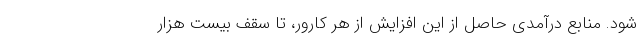
شود. منابع درآمدی حاصل از این افزایش از هر کارور، تا سقف بیست هزار